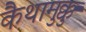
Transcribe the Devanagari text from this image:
कैथामुक्कु